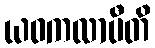
ယဝကလာပီတိ